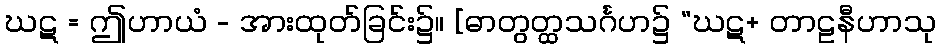
ဃဋ = ဤဟာယံ - အားထုတ်ခြင်း၌။ [ဓာတွတ္ထသင်္ဂဟ၌ “ဃဋ+ တာဠနီဟာသု